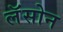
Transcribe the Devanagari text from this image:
लॅसोन